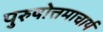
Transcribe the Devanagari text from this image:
पुरुषोत्तमाचार्य